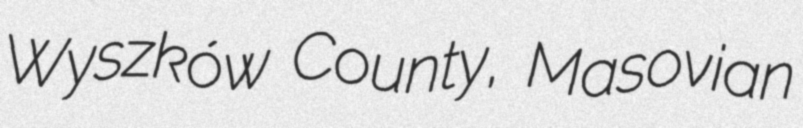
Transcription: Wyszków County, Masovian